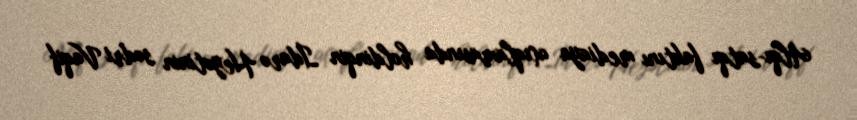
Alqı-satqı faktını mediaya açıqlamasında holdinqin İdarə Heyətinin sədri Vaqif